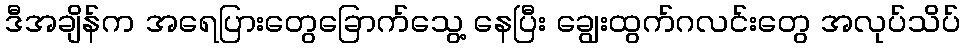
ဒီအချိန်က အရေပြားတွေခြောက်သွေ့ နေပြီး ချွေးထွက်ဂလင်းတွေ အလုပ်သိပ်